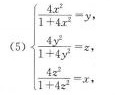
(5)$$\begin { cases }